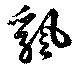
颻